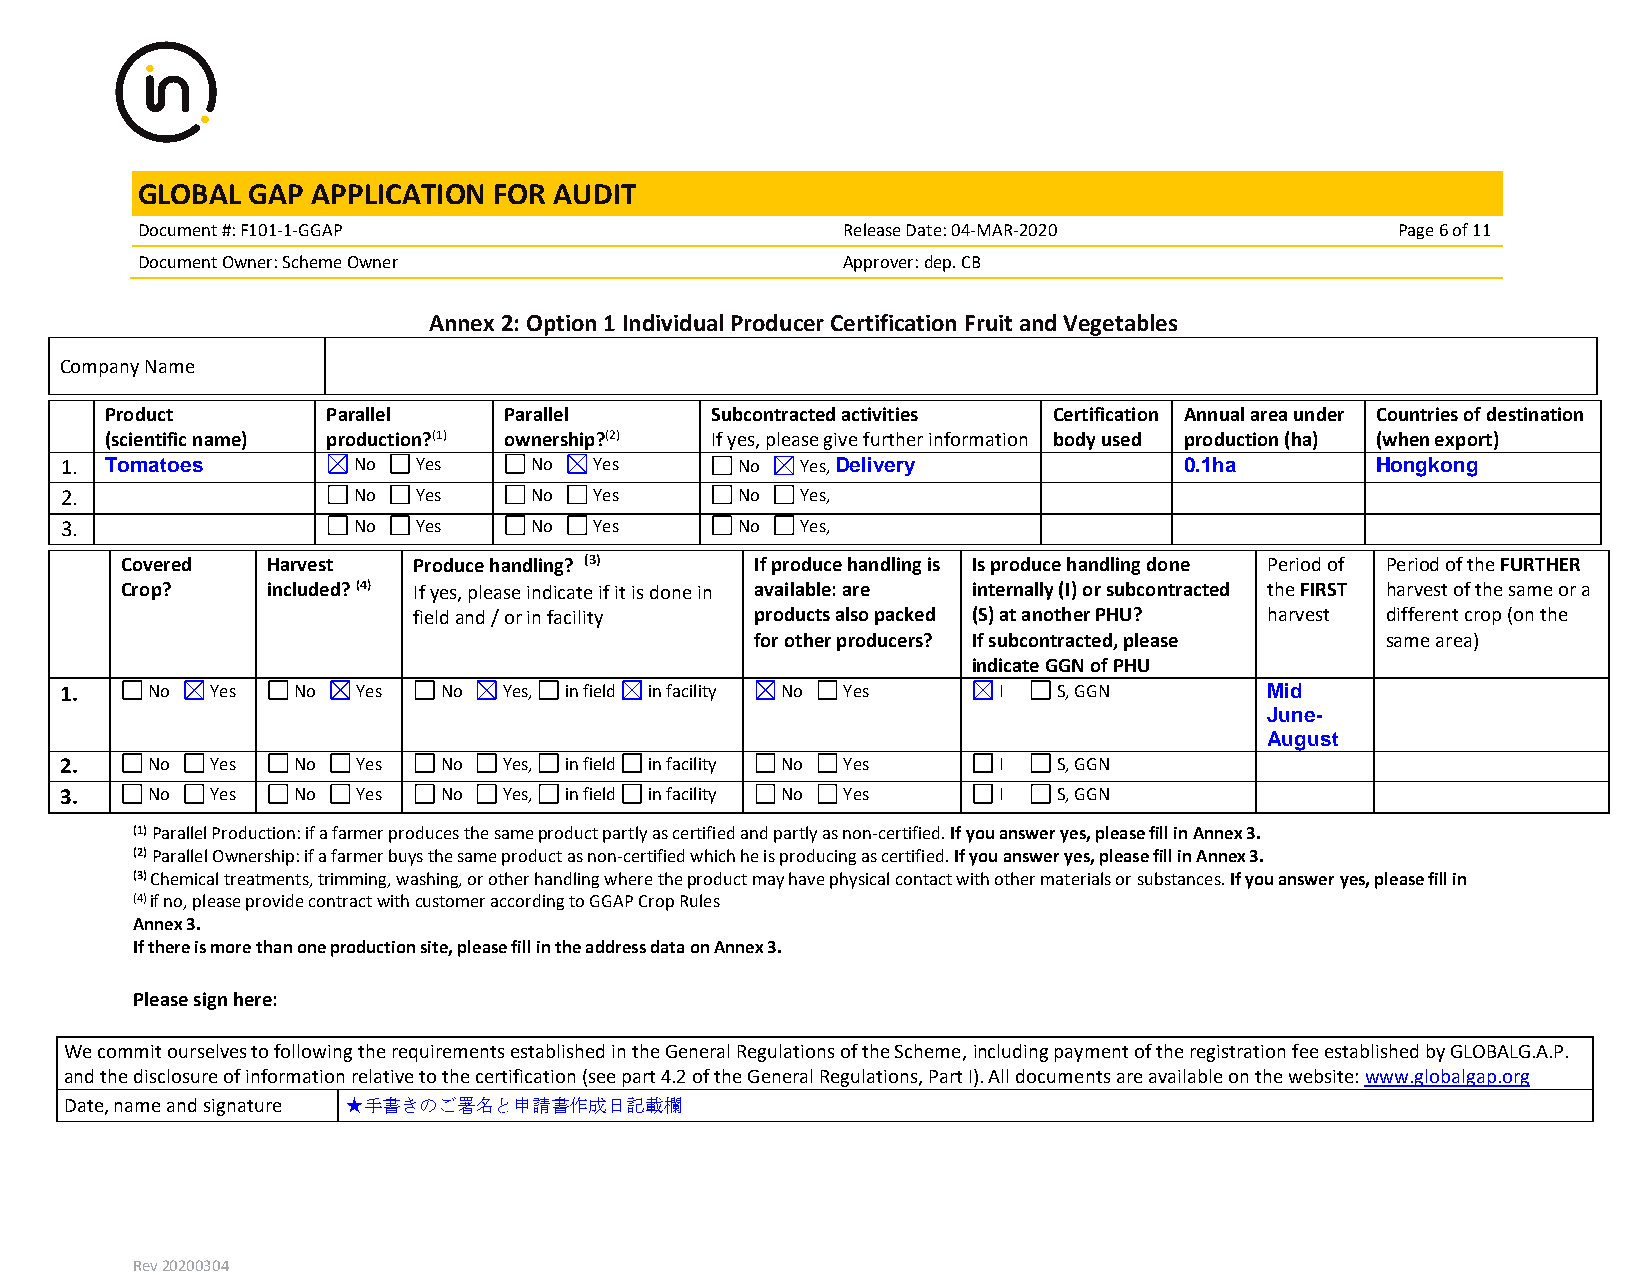
GLOBAL GAP  APPLICATION FOR AUDIT
 Document #: F101-1-GGAP                        Release Date: 04-MAR-2020           Page 6 of 11
 Document Owner: Scheme Owner                   Approver: dep. CB
 Annex 2: Option 1 Individual Producer Certification Fruit and Vegetables
 Company Name
 Product        Parallel   Parallel      Subcontracted activities Certification Annual area under Countries of destination
 (scientific name) production?(1) ownership?(2) If yes, please give further information body used production (ha) (when export)
 1. Tomatoes        No   Yes    No  Yes       No  Yes, Delivery            0.1ha        Hongkong
 2.                 No   Yes    No  Yes       No  Yes,
 3.                 No   Yes    No  Yes       No  Yes,
 Covered   Harvest  Produce handling? (3)  If produce handling is Is produce handling done Period of Period of the FURTHER
 Crop?     included? (4) If yes, please indicate if it is done in available: are internally (I) or subcontracted the FIRST harvest of the same or a
 field and / or in facility products also packed (S) at another PHU? harvest different crop (on the
 for other producers? If subcontracted, please same area)
 indicate GGN of PHU
 1.    No  Yes  No   Yes  No  Yes, in field in facility No Yes I   S, GGN        Mid
 June-
 August
 2.    No  Yes  No   Yes  No  Yes, in field in facility No Yes I   S, GGN
 3.    No  Yes  No   Yes  No  Yes, in field in facility No Yes I   S, GGN
 (1) Parallel Production: if a farmer produces the same product partly as certified and partly as non-certified. If you answer yes, please fill in Annex 3.
 (2) Parallel Ownership: if a farmer buys the same product as non-certified which he is producing as certified. If you answer yes, please fill in Annex 3.
 (3) Chemical treatments, trimming, washing, or other handling where the product may have physical contact with other materials or substances. If you answer yes, please fill in
 (4) if no, please provide contract with customer according to GGAP Crop Rules
 Annex 3.
 If there is more than one production site, please fill in the address data on Annex 3.
 Please sign here:
 We commit ourselves to following the requirements established in the General Regulations of the Scheme, including payment of the registration fee established by GLOBALG.A.P.
 and the disclosure of information relative to the certification (see part 4.2 of the General Regulations, Part I). All documents are available on the website: www.globalgap.org
 Date, name and signature ★手書きのご署名と申請書作成日記載欄
 Rev 20200304